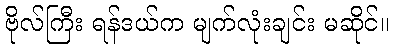
ဗိုလ်ကြီး ရန်ဒယ်က မျက်လုံးချင်း မဆိုင်။